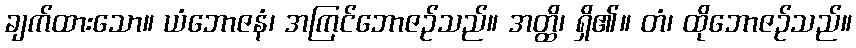
ချက်ထားသော။ ယံဘောဇနံ၊ အကြင်ဘောဇဉ်သည်။ အတ္ထိ၊ ရှိ၏။ တံ၊ ထိုဘောဇဉ်သည်။